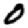
Digit: 0